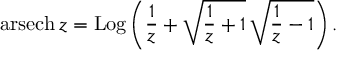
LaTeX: \operatorname { a r s e c h } z = \operatorname { L o g } \left( { \frac { 1 } { z } } + { \sqrt { { \frac { 1 } { z } } + 1 } } \, { \sqrt { { \frac { 1 } { z } } - 1 } } \right) .